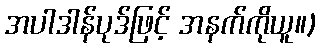
အပါဒါန်ပုဒ်ဖြင့် အနက်ကိုယူ။)